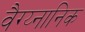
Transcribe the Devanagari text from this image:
वैग्य्नानिक